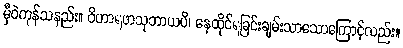
မှီဝဲကုန်သနည်း။ ဝိဟာရဖာသုဘာယပိ၊ နေထိုင်ရခြင်းချမ်းသာသောကြောင့်လည်း။